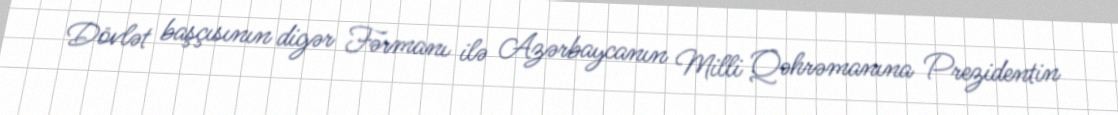
Dövlət başçısının digər Fərmanı ilə Azərbaycanın Milli Qəhrəmanına Prezidentin